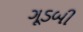
ગૂડબી